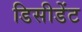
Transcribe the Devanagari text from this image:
डिसीडेंट